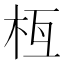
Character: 𣐛